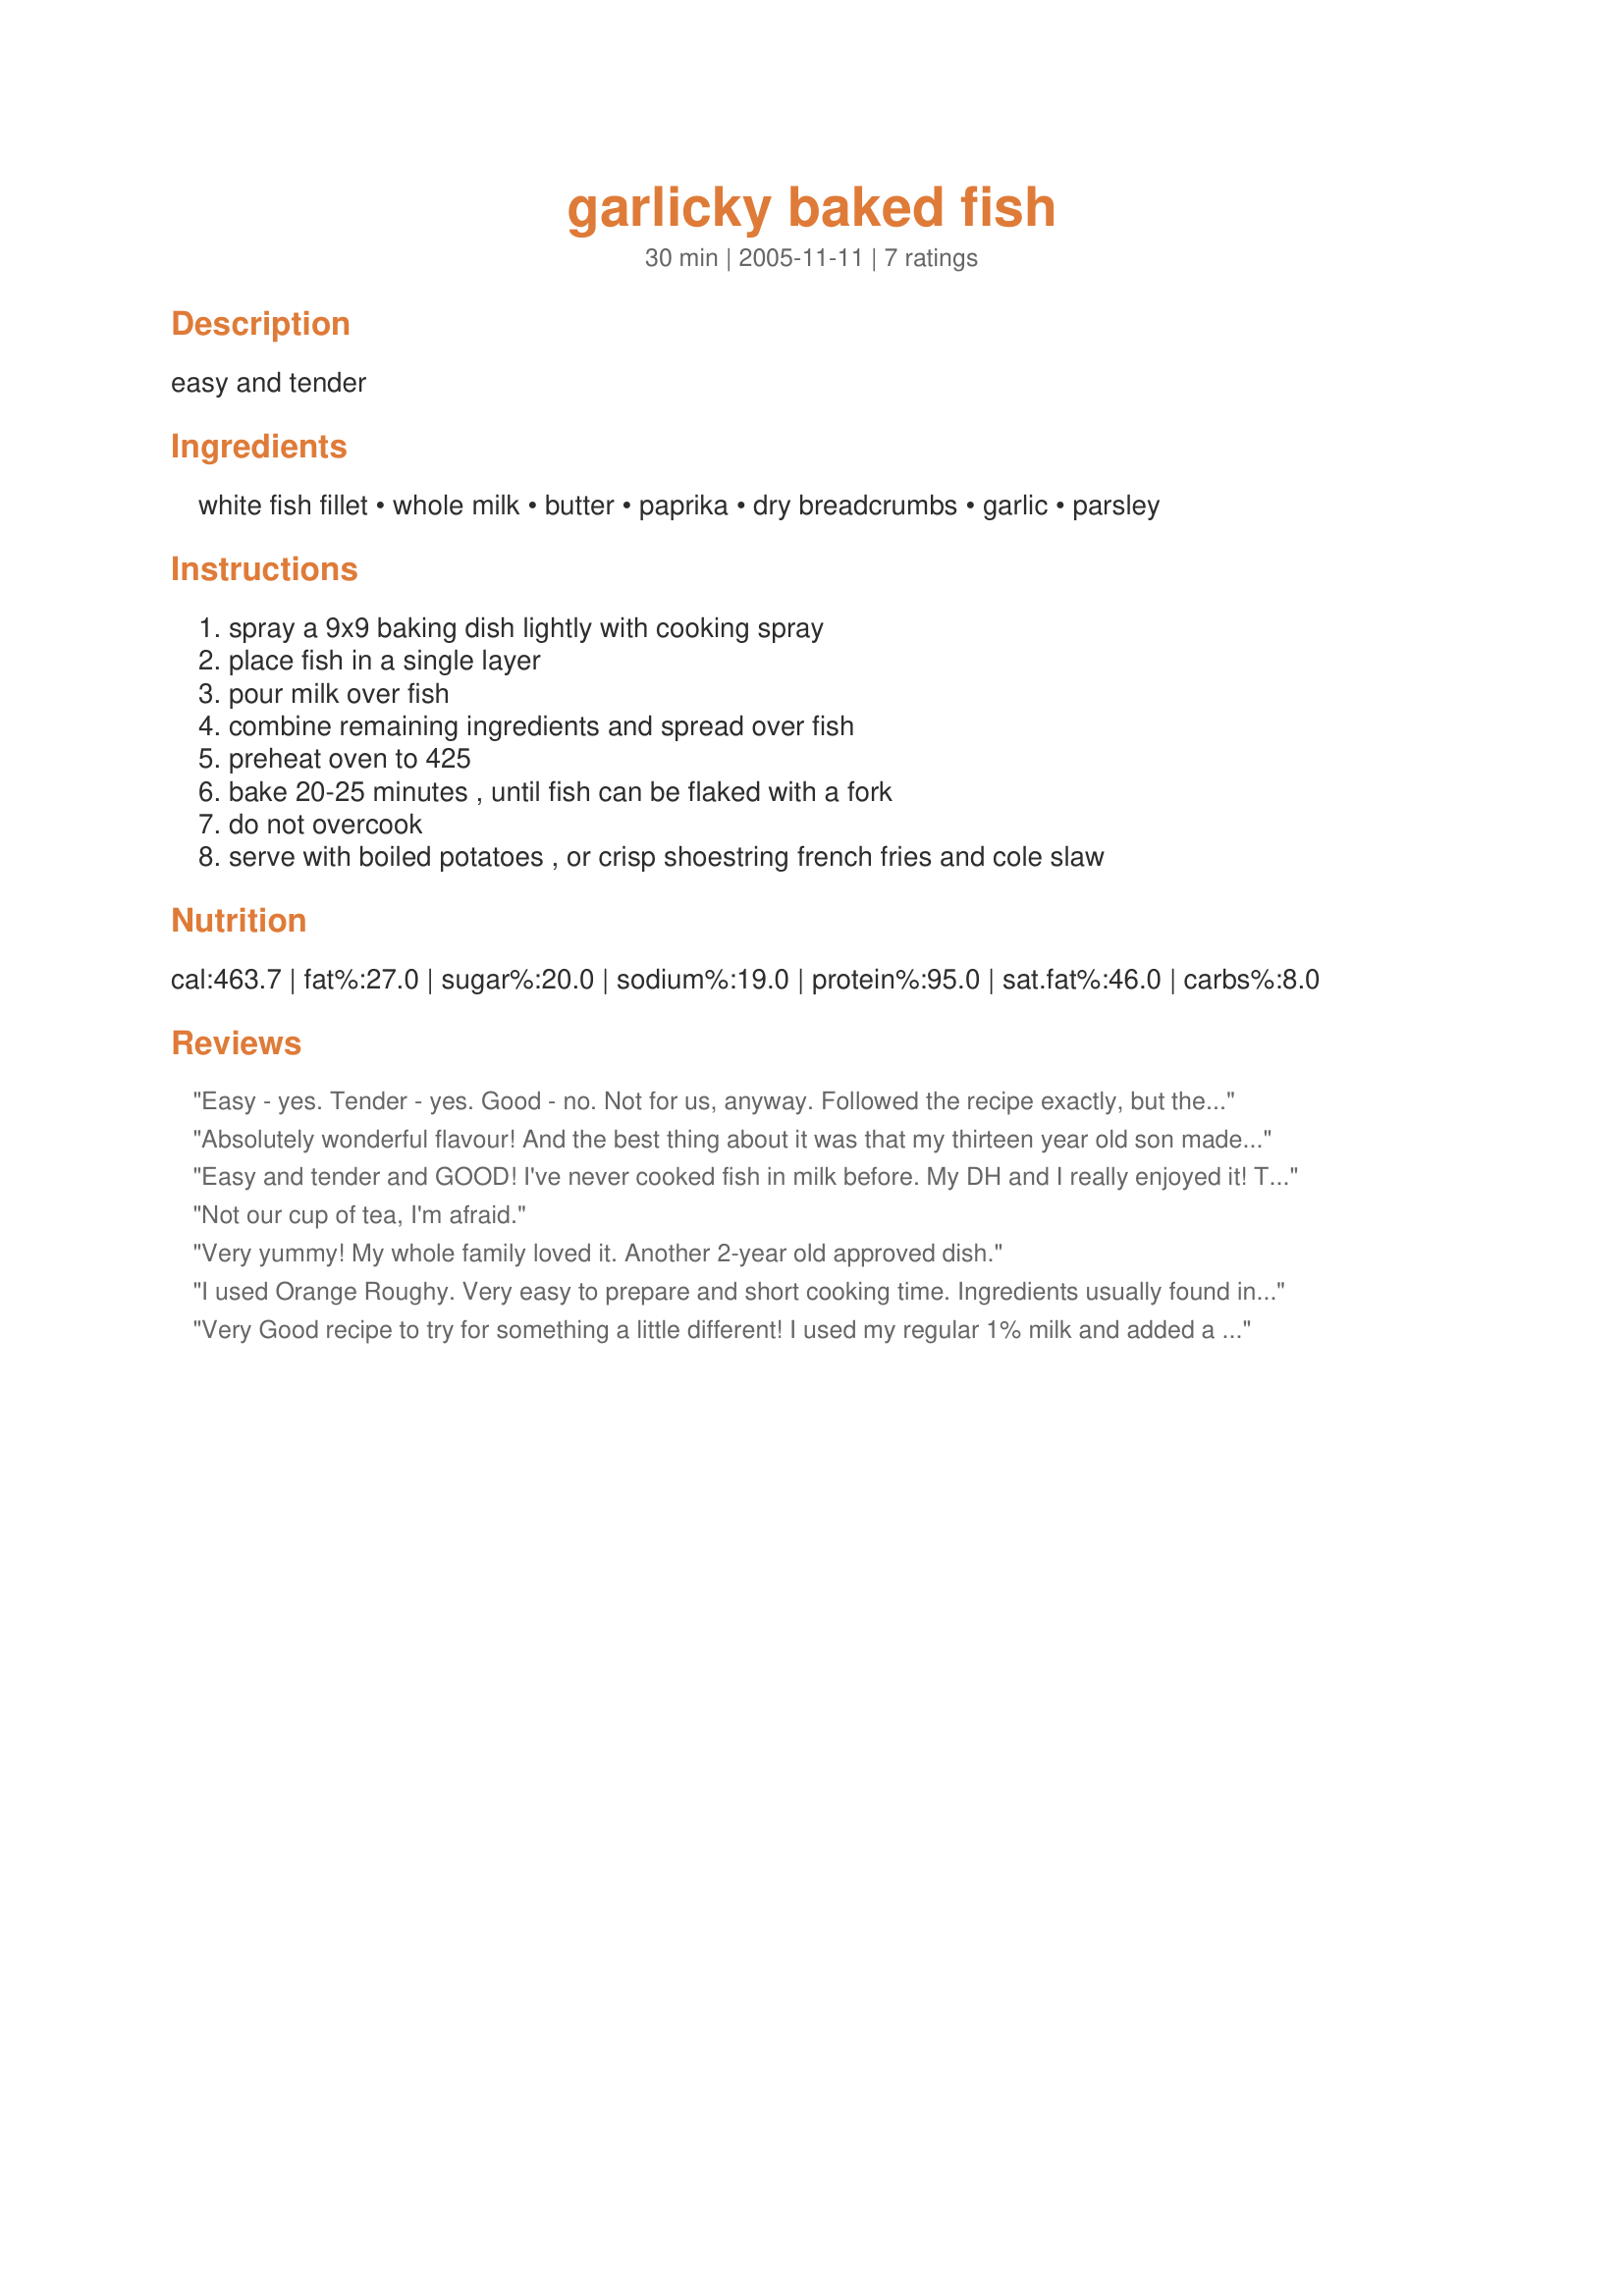
garlicky baked fish
Preparation time: 30 minutes

easy and tender

Ingredients:
white fish fillet, whole milk, butter, paprika, dry breadcrumbs, garlic, parsley

Steps:
spray a 9x9 baking dish lightly with cooking spray, place fish in a single layer, pour milk over fish, combine remaining ingredients and spread over fish, preheat oven to 425, bake 20-25 minutes , until fish can be flaked with a fork, do not overcook, serve with boiled potatoes , or crisp shoestring french fries and cole slaw

Reviews:
Easy - yes. Tender - yes. Good - no. Not for us, anyway. Followed the recipe exactly, but the combination of flavors just did not work together well. We ended up throwing this out.
Absolutely wonderful flavour! And the best thing about it was that my thirteen year old son made it himself - with a minimal bit of supervision from me! I made him add some salt and about two tablespoonfuls of grated mozzarella to the breadcrumb mixture, and substitute dried mint for the parsley. Some aroma it gave off!
Easy and tender and GOOD! I've never cooked fish in milk before. My DH and I really enjoyed it! Thank you!
Not our cup of tea, I'm afraid.
Very yummy! My whole family loved it. Another 2-year old approved dish.
I used Orange Roughy. Very easy to prepare and short cooking time. Ingredients usually found in home pantry. Excellent...very tasty. I did add 1 tbsp olive oil to butter and 1 tbsp each Parmesan and Romano. It was delicious.
Very Good recipe to try for something a little different! I used my regular 1% milk and added a little parmesan to the bread crumbs! We don't like to do too much to our fish to over power it and we gave this recipe two thumbs up! thanks!
